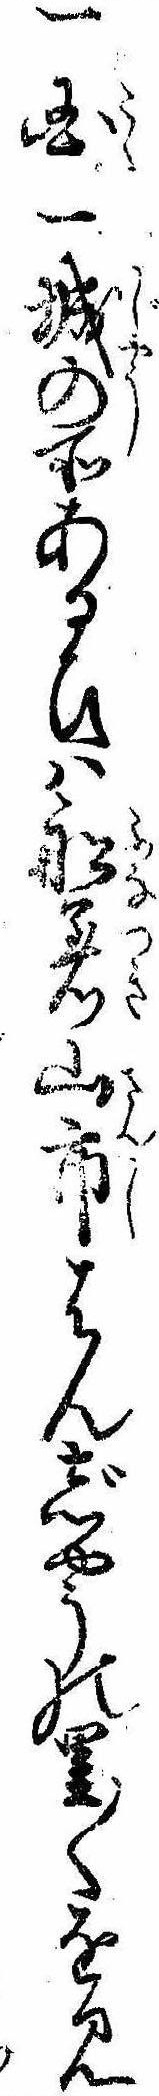
一国一城の所あるひは船着山市はんじやうの里〱を見